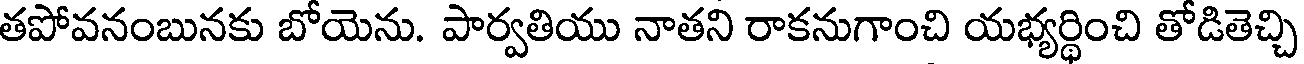
తపోవనంబునకు బోయెను. పార్వతియు నాతని రాకనుగాంచి యభ్యర్థించి తోడితెచ్చి